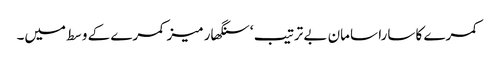
کمرے کا سارا سامان بے ترتیب ‘ سنگھار میز کمرے کے وسط میں۔